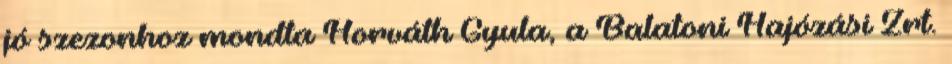
jó szezonhoz mondta Horváth Gyula, a Balatoni Hajózási Zrt.